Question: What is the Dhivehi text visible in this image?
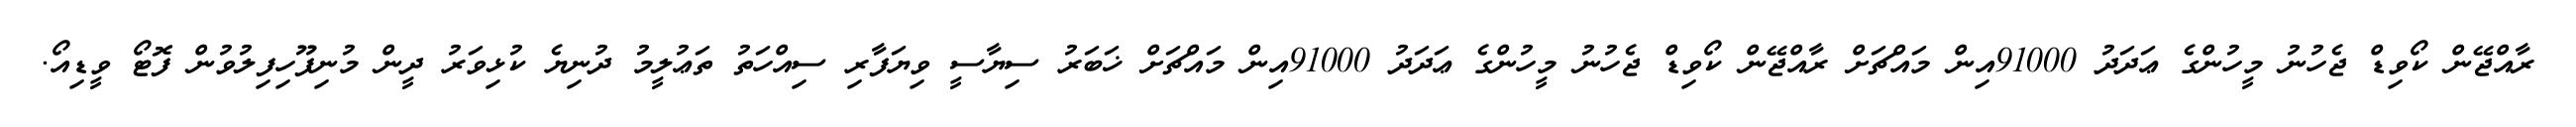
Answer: ރާއްޖޭން ކޯވިޑް ޖެހުނު މީހުންގެ ޢަދަދު 91000އިން މައްޗަށް ރާއްޖޭން ކޯވިޑް ޖެހުނު މީހުންގެ ޢަދަދު 91000އިން މައްޗަށް ޚަބަރު ސިޔާސީ ވިޔަފާރި ސިއްހަތު ތަޢުލީމު ދުނިޔެ ކުޅިވަރު ދީން މުނިފޫހިފިލުވުން ފޮޓޯ ވީޑިއޯ.